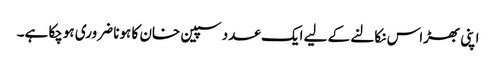
اپنی بھڑاس نکالنے کے لیے ایک عدد سپین خان کا ہونا ضروری ہوچکا ہے۔